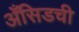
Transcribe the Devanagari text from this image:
अँसिडची